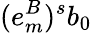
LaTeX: (e_{m}^{B})^{s}b_{0}